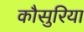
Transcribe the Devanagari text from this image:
कौसुरिया